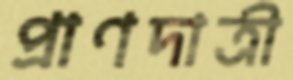
প্রাণদাত্রী